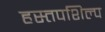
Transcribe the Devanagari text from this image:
हस्तपशिल्प